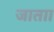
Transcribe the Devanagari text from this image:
जाताा